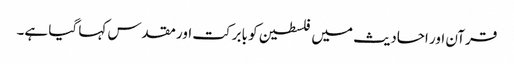
قرآن اور احادیث میں فلسطین کو بابرکت اور مقدس کہا گیا ہے۔